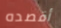
أقصده